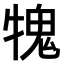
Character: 𤛂